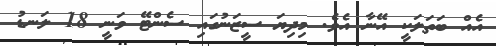
އެއް ބަތަލަކީ އޭނާ އެވެ. މިދިޔަ ސީޒަނުގައި ސެންޓޭ ވަނީ 18 ލަނޑު